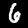
Digit: 6